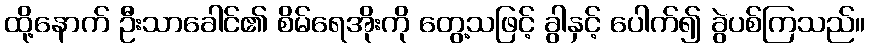
ထို့နောက် ဦးသာခေါင်၏ စိမ်ရေအိုးကို တွေ့သဖြင့် ခွါနှင့် ပေါက်၍ ခွဲပစ်ကြသည်။